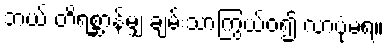
ဘယ် တိရစ္ဆာန်မျှ ချမ်းသာကြွယ်ဝ၍ လာပုံမရ။